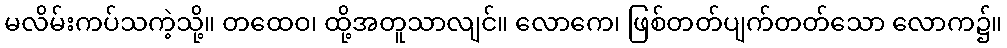
မလိမ်းကပ်သကဲ့သို့။ တထေဝ၊ ထို့အတူသာလျင်။ လောကေ၊ ဖြစ်တတ်ပျက်တတ်သော လောက၌။